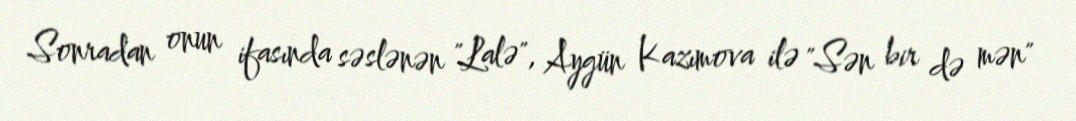
Sonradan onun ifasında səslənən "Lalə", Aygün Kazımova ilə "Sən bir də mən"